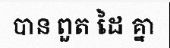
បាន ពួត ដៃ គ្នា